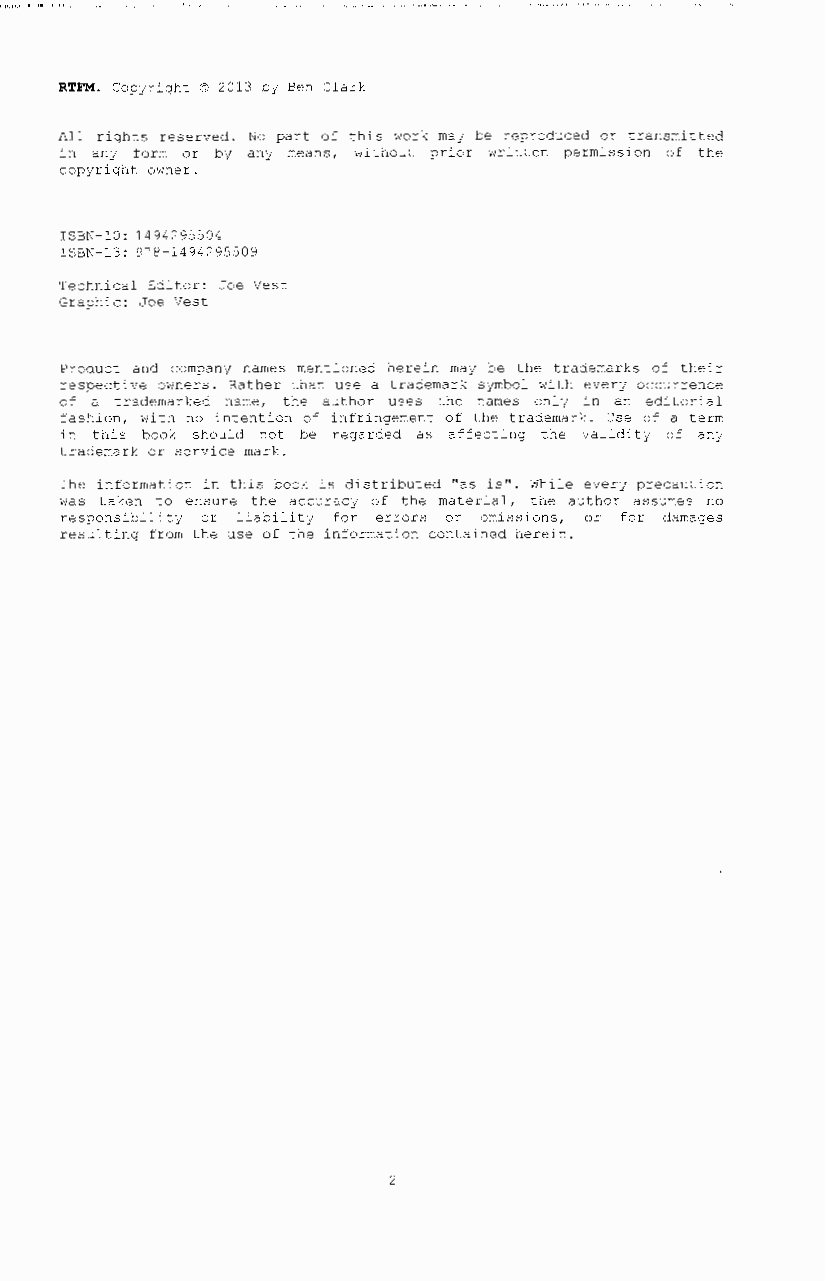
RTFM. Copyright © 2013 by Ben Clark
 All rights reserved. No part of this work may be reproduced or transmitted
 in any form or by any means, without prior written permission of the
 copyright owner.
 ISBN-10: 1494295504
 ISBN-13: 978-1494295509
 Technical Editor: Joe Vest
 Graphic: Joe Vest
 Product and company names mentioned herein may be the trademarks of their
 respective owners. Rather than use a trademark symbol with every occurrence
 of a trademarked name, the author uses the names only in an editorial
 fashion, with no intention of infringement of the trademark. Use of a term
 in this book should not be regarded as affecting the validity of any
 trademark or service mark.
 The information in this book is distributed 11as is11• While everj precaution
 was taken to ensure the accuracy of the material, the author assumes no
 responsibility or liability for errors or omissions, or for damages
 resulting from the use of the information contained herein.